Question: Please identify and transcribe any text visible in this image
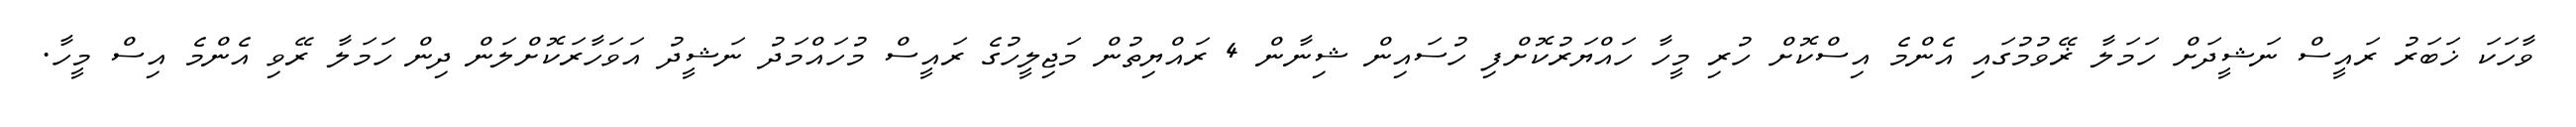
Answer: ވާހަކަ ޚަބަރު ރައީސް ނަޝީދަށް ހަމަލާ ޜޭވުމުގައި އެންމެ އިސްކޮށް ހުރި މީހާ ހައްޔަރުކޮށްފި ހުސައިން ޝިނާން 4 ރައްޔިތުން މަޖިލީހުގެ ރައީސް މުހައްމަދު ނަޝީދު އަވަހާރަކޮށްލަން ދިން ހަމަލާ ރޭވި އެންމެ އިސް މީހާ.